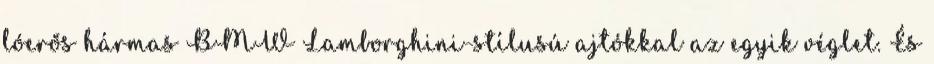
lóerős hármas BMW Lamborghini-stílusú ajtókkal az egyik véglet. És